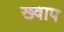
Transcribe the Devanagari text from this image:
ख्वाप